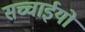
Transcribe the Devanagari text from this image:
सच्चाईयों